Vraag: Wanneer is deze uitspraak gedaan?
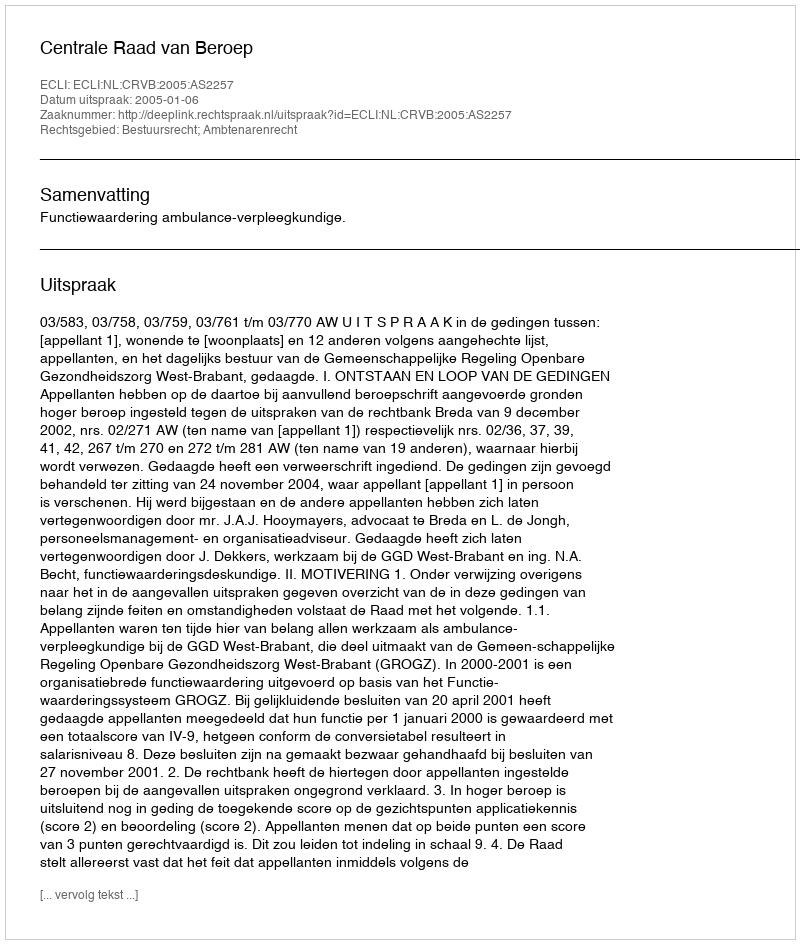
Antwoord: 2005-01-06